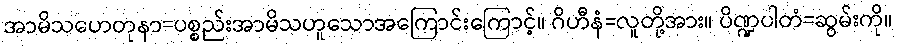
အာမိသဟေတုနာ=ပစ္စည်းအာမိသဟူသောအကြောင်းကြောင့်။ ဂိဟီနံ=လူတို့အား။ ပိဏ္ဍပါတံ=ဆွမ်းကို။